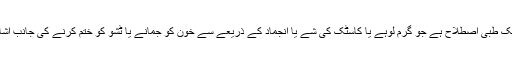
’’جُھلسانا‘‘ ایک طبّی اصطلاح ہے جو گرم لوہے یا کاسٹک کی شے یا انجماد کے ذریعے سے خون کو جمانے یا ٹشو کو ختم کرنے کی جانب اشارہ کرتا ہے۔